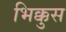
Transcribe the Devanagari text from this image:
भिक्कुस